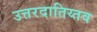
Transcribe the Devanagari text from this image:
उत्तरदातिय्तव